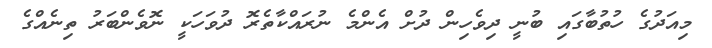
މިއަދުގެ ހުތުބާގައި ބުނީ ދިވެހިން ދުށް އެންމެ ނުރައްކާތެރޮ ދުވަހަކީ ނޮވެންބަރު ތިނެއްގެ